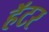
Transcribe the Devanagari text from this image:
हॅटर